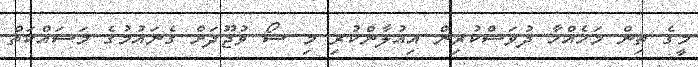
މީގެ ތިން މަހެއްހާ ދުވަސްކުރިން އިއުލާންކުރި މި ޝޯ ވުޖޫދަށް ގެނައުމުގެ މަސައްކަތް